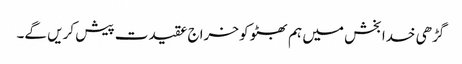
گڑھی خدا بخش میں ہم بھٹو کو خراج عقیدت پیش کریں گے۔